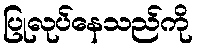
ပြုလုပ်နေသည်ကို